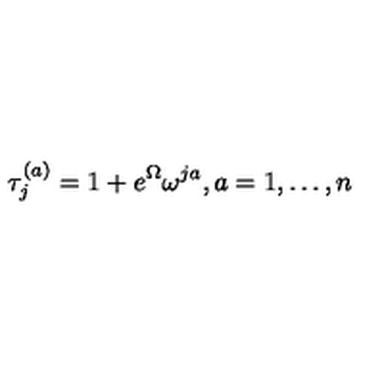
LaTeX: \tau _ { j } ^ { ( a ) } = 1 + e ^ { \Omega } \omega ^ { j a } , a = 1 , \dots , n